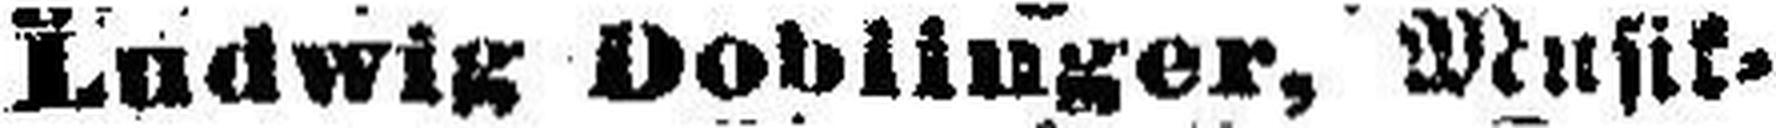
Ludwig Doblinger, Musik=